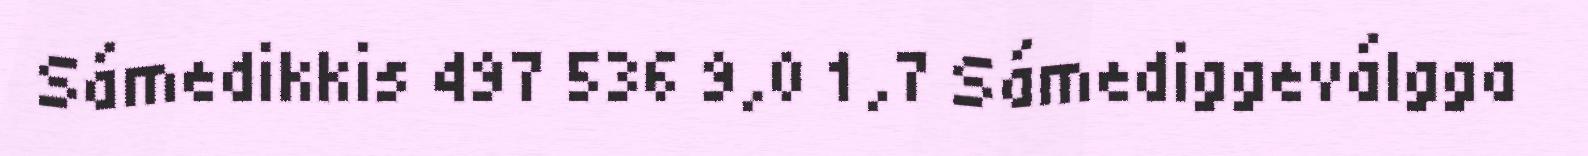
Sámedikkis 497 536 9,0 1,7 Sámediggeválgga